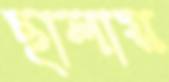
ছালায়